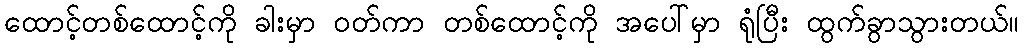
ထောင့်တစ်ထောင့်ကို ခါးမှာ ဝတ်ကာ တစ်ထောင့်ကို အပေါ်မှာ ရုံပြီး ထွက်ခွာသွားတယ်။